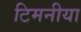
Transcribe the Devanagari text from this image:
टिमनीया